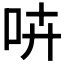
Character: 𠱥